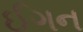
ઈગન